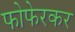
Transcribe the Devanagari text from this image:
फोफेरकर